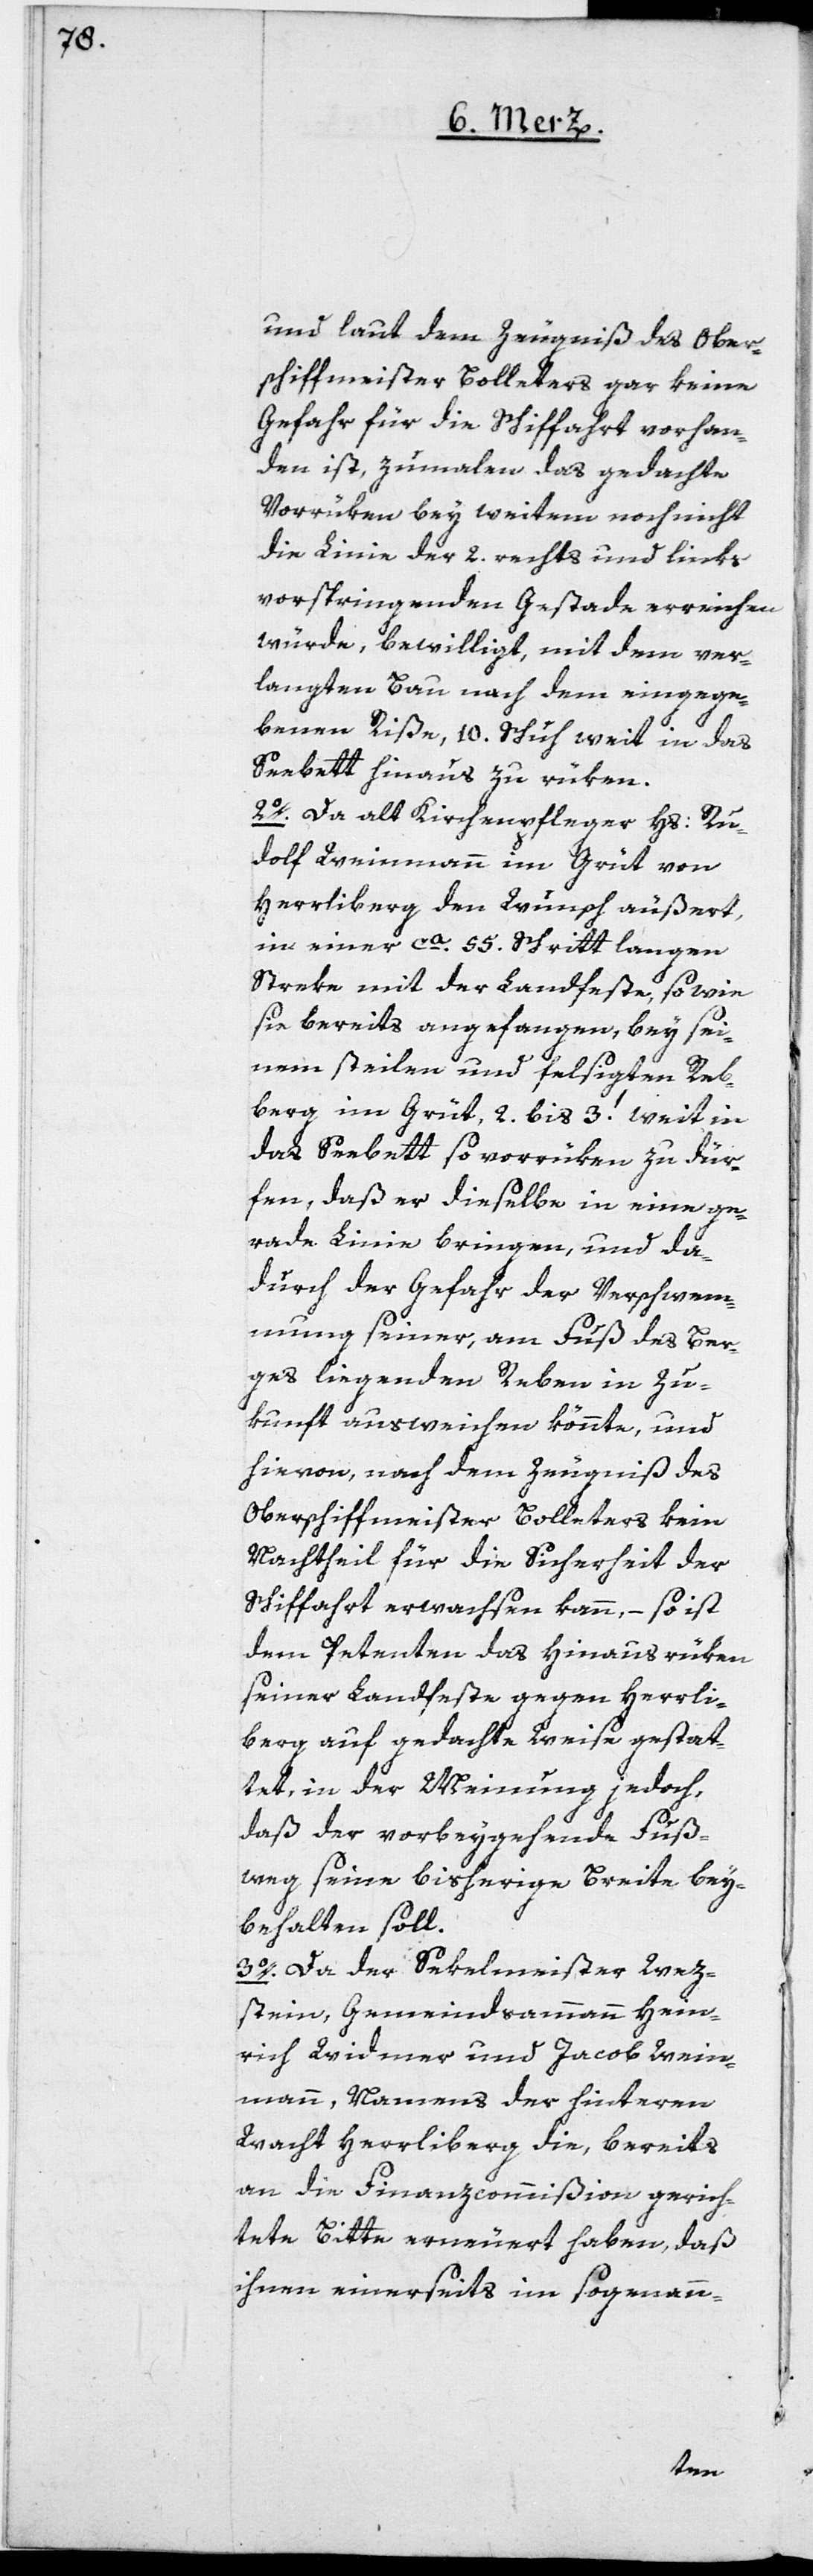
und laut dem Zeugniß des Ober¬
schiffmeister Bolleters gar keine
Gefahr für die Schiffahrt vorhan¬
den ist, zumalen das gedachte
Vorrüken bey weitem noch nicht
die Linie der 2. rechts und links
vorspringenden Gestade erreichen
würde, bewilligt, mit dem ver¬
langten Bau nach dem eingegan¬
genen Riße, 10. Schuh weit in das
Seebett hinaus zu rüken.
2o. Da alt Kirchenpfleger Hs: Ru¬
dolf Weinmann im Grüt von
Herrliberg den Wunsch äußert,
in einer ca. 55. Schritt langen
Streke mit der Landfeste, so wie
sie bereits angefangen, bey sei¬
nem steilen und felsigten Reb¬
berg im Grüt, 2. bis 3.’ weit in
das Seebett so vorrüken zu dür¬
fen, daß er dieselbe in eine ge¬
rade Linie bringen, und da¬
durch die Gefahr der Verschwem¬
mung seiner, am Fuß des Ber¬
ges liegenden Reben in Zu¬
kunft ausweichen könnte, und
hievon, nach dem Zeugniß des
Oberschiffmeister Bolleters kein
Nachtheil für die Sicherheit der
Schiffahrt erwachsen kann, – so ist
dem Petenten das Hinausrüken
seiner Landfeste gegen Herrli¬
berg auf gedachte Weise gestat¬
tet, in der Meinung jedoch,
daß der vorbeygehende Fuß¬
weg seine bisherige Breite bey¬
behalten soll.
3o. Da der Sekelmeister Wez¬
stein, Gemeindsammann Hein¬
rich Widmer und Jacob Wein¬
mann, Namens der hinteren
Wacht Herrliberg die, bereits
an die Finanzcommißion gerich¬
tete Bitte erneuert haben, daß
ihnen einerseits im sogenann-